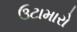
ઉટામારો